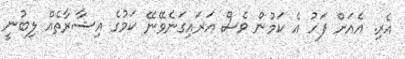
އެރި. އެއަށް ފަހު އެ ކަމުން ވެސް އަރައިގަނެވޭނޭ ކަމުގެ އިޝާރާތެއް ލިބުނީ